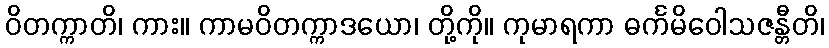
ဝိတက္ကာတိ၊ ကား။ ကာမဝိတက္ကာဒယော၊ တို့ကို။ ကုမာရကာ ဓင်္ကမိဝေါသဇန္တီတိ၊